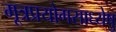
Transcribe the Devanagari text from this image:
मूत्रप्रयोगसाध्येषु